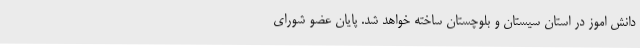
دانش اموز در استان سیستان و بلوچستان ساخته خواهد شد. پایان عضو شورای